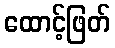
ထောင့်ဖြတ်